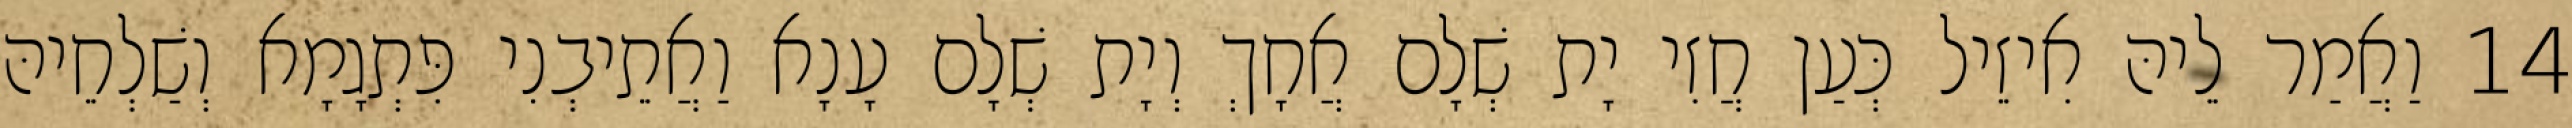
14 וַאֲמַר לֵיהּ אִיזֵיל כְּעַן חֲזִי יָת שְׁלָם אֲחָךְ וְיָת שְׁלָם עָנָא וַאֲתֵיבְנִי פִּתְגָמָא וְשַׁלְחֵיהּ